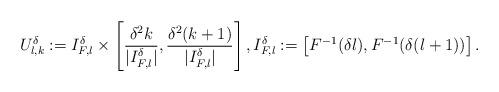
LaTeX: \begin{align*} U_{l,k}^{\delta}:= I_{F,l}^{\delta} \times \left[\frac{\delta^2 k}{|I_{F,l}^{\delta}|},\frac{\delta^2 (k+1)}{|I_{F,l}^{\delta}|}\right], I_{F,l}^{\delta}:= \left[F^{-1}(\delta l),F^{-1}(\delta (l+1))\right]. \end{align*}